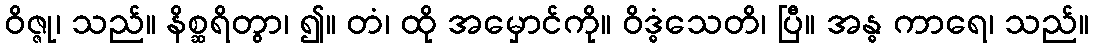
ဝိဇ္ဇု၊ သည်။ နိစ္ဆရိတွာ၊ ၍။ တံ၊ ထို အမှောင်ကို။ ဝိဒ္ဓံသေတိ၊ ပြီ။ အန္ဓ ကာရေ၊ သည်။